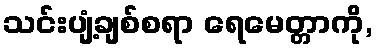
သင်းပျံ့ချစ်စရာ ရေမေတ္တာကို,